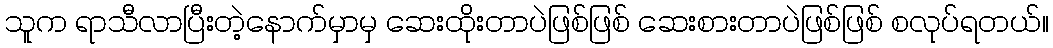
သူက ရာသီလာပြီးတဲ့နောက်မှာမှ ဆေးထိုးတာပဲဖြစ်ဖြစ် ဆေးစားတာပဲဖြစ်ဖြစ် စလုပ်ရတယ်။